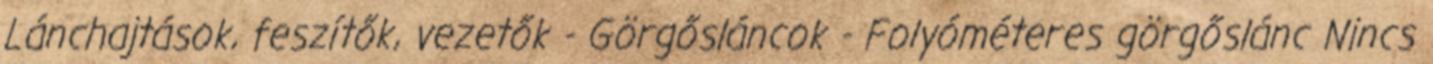
Lánchajtások, feszítők, vezetők - Görgősláncok - Folyóméteres görgőslánc Nincs